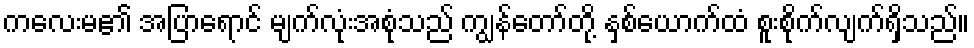
ကလေးမ၏ အပြာရောင် မျက်လုံးအစုံသည် ကျွန်တော်တို့ နှစ်ယောက်ထံ စူးစိုက်လျက်ရှိသည်။